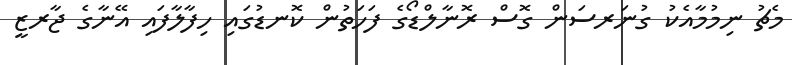
މެޗު ނިމުމާއެކު ގުނަރސަން ގޮސް ރޮނާލްޑޯގެ ފަހަތުން ކޮނޑުގައި ހިފާލާފައި އޭނާގެ ޖާރޒީ